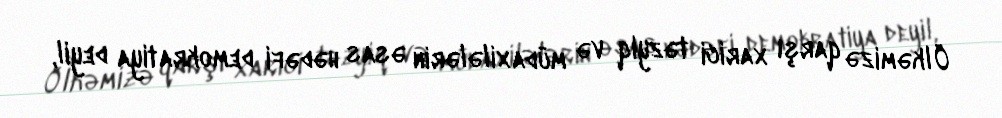
Ölkəmizə qarşı xarici təzyiq və müdaxilələrin əsas hədəfi demokratiya deyil,